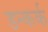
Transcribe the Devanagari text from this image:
डन्कर्क